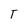
Character: T